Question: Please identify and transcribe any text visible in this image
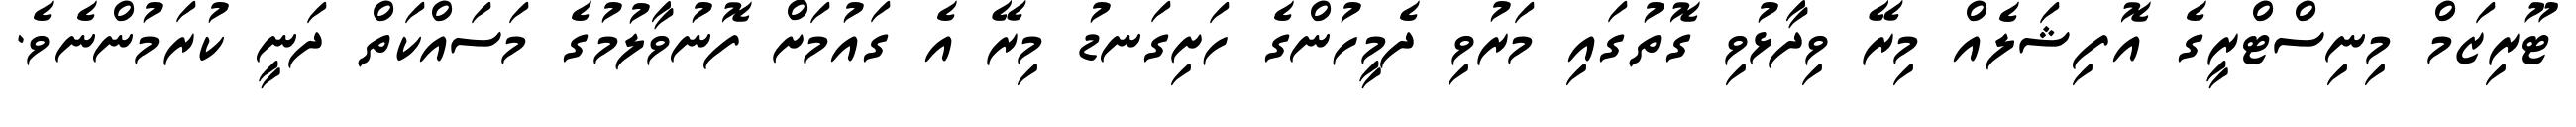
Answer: ޓޫރިޒަމް މިނިސްޓްރީގެ އޮފިޝަލެއް މިރޭ ވިދާޅުވި ގޮތުގައި މަރުވި ދެމީހުންގެ ހަށިގަނޑު މިރޭ އެ ގައުމަށް ފޮނުވާލުމުގެ މަސައްކަތް ދަނީ ކުރަމުންނެވެ.